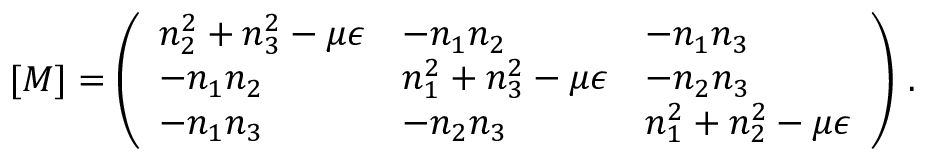
[ M ] = \left( \begin{array} { l l l } { n _ { 2 } ^ { 2 } + n _ { 3 } ^ { 2 } - \mu \epsilon } & { - n _ { 1 } n _ { 2 } } & { - n _ { 1 } n _ { 3 } } \\ { - n _ { 1 } n _ { 2 } } & { n _ { 1 } ^ { 2 } + n _ { 3 } ^ { 2 } - \mu \epsilon } & { - n _ { 2 } n _ { 3 } } \\ { - n _ { 1 } n _ { 3 } } & { - n _ { 2 } n _ { 3 } } & { n _ { 1 } ^ { 2 } + n _ { 2 } ^ { 2 } - \mu \epsilon } \end{array} \right) \, .